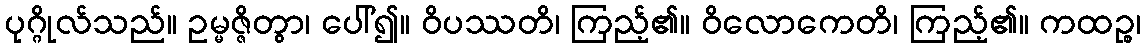
ပုဂ္ဂိုလ်သည်။ ဥမ္မဇ္ဇိတွာ၊ ပေါ်၍။ ဝိပဿတိ၊ ကြည့်၏။ ဝိလောကေတိ၊ ကြည့်၏။ ကထဉ္စ၊